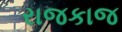
રાજકાજ